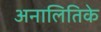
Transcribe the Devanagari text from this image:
अनालितिके